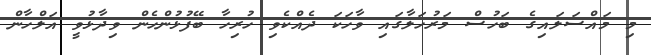
މި މައްސަލައިގެ ބަހުސް މަރުހަލާގައި ވާހަކަ ދެއްކެވި ހުރިހާ ބޭފުޅުންހެން ވިދާޅުވީ އަލްހާން